Indian journal of veterinary science and animal husbandry - Volume 8,
Year: 1938
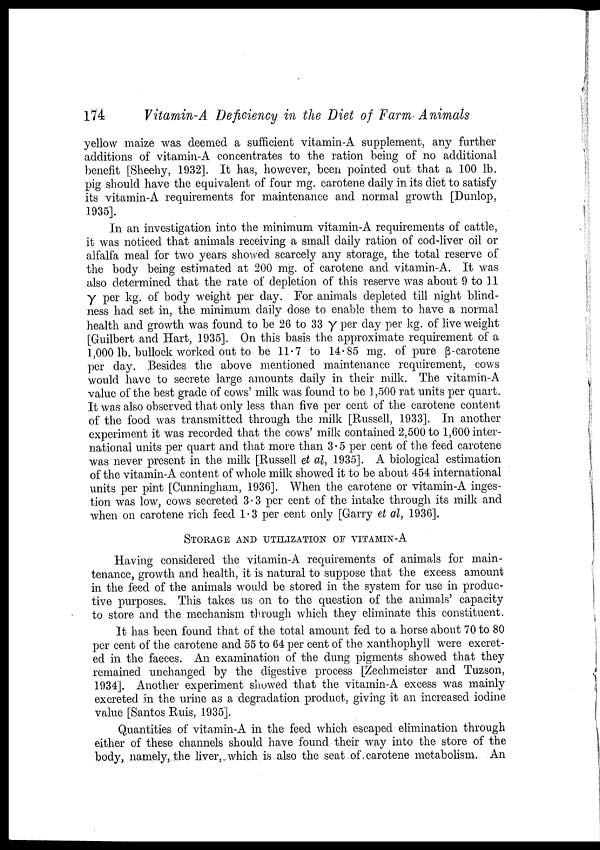
174
Vitamin-A Deficiency in the Diet of Farm Animals
yellow maize was deemed a sufficient vitamin-A supplement, any further
additions of vitamin-A concentrates to the ration being of no additional
benefit [Sheehy, 1932]. It has, however, been pointed out that a 100 lb.
pig should have the equivalent of four mg. carotene daily in its diet to satisfy
its vitamin-A requirements for maintenance and normal growth [Dunlop,
1935].
In an investigation into the minimum vitamin-A requirements of cattle,
it was noticed that animals receiving a small daily ration of cod-liver oil or
alfalfa meal for two years showed scarcely any storage, the total reserve of
the body being estimated at 200 mg. of carotene and vitamin-A. It was
also determined that the rate of depletion of this reserve was about 9 to 11
γ per kg. of body weight per day. For animals depleted till night blind
ness had set in, the minimum daily dose to enable them to have a normal
health and growth was found to be 26 to 33 γ per day per kg. of live weight
[Guilbert and Hart, 1935]. On this basis the approximate requirement of a
1,000 lb. bullock worked out to be 11.7 to 14.85 mg. of pure β-carotene
per day. Besides the above mentioned maintenance requirement, cows
would have to secrete large amounts daily in their milk. The vitamin-A
value of the best grade of cows' milk was found to be 1,500 rat units per quart.
It was also observed that only less than five per cent of the carotene content
of the food was transmitted through the milk [Russell, 1933]. In another
experiment it was recorded that the cows' milk contained 2,500 to 1,600 inter
national units per quart and that more than 3.5 per cent of the feed carotene
was never present in the milk [Russell et al, 1935]. A biological estimation
of the vitamin-A content of whole milk showed it to be about 454 international
units per pint [Cunningham, 1936]. When the carotene or vitamin-A inges
tion was low, cows secreted 3.3 per cent of the intake through its milk and
when on carotene rich feed 1.3 per cent only [Garry et al, 1936].
STORAGE AND UTILIZATION OF VITAMIN-A
Having considered the vitamin-A requirements of animals for main
tenance, growth and health, it is natural to suppose that the excess amount
in the feed of the animals would be stored in the system for use in produc
tive purposes. This takes us on to the question of the animals' capacity
to store and the mechanism through which they eliminate this constituent.
It has been found that of the total amount fed to a horse about 70 to 80
per cent of the carotene and 55 to 64 per cent of the xanthophyll were excret
ed in the faeces. An examination of the dung pigments showed that they
remained unchanged by the digestive process [Zechmeister and Tuzson,
1934]. Another experiment showed that the vitamin-A excess was mainly
excreted in the urine as a degradation product, giving it an increased iodine
value [Santos Ruis, 1935].
Quantities of vitamin-A in the feed which escaped elimination through
either of these channels should have found their way into the store of the
body, namely, the liver, which is also the seat of carotene metabolism. An